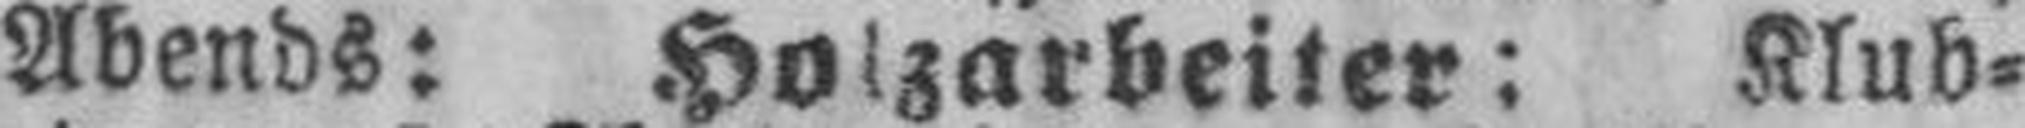
Abends: Holzarbeiter: Klub¬